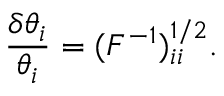
\frac { \delta \theta _ { i } } { \theta _ { i } } = ( F ^ { - 1 } ) _ { i i } ^ { 1 / 2 } .